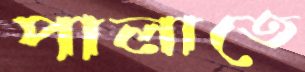
পালাতে